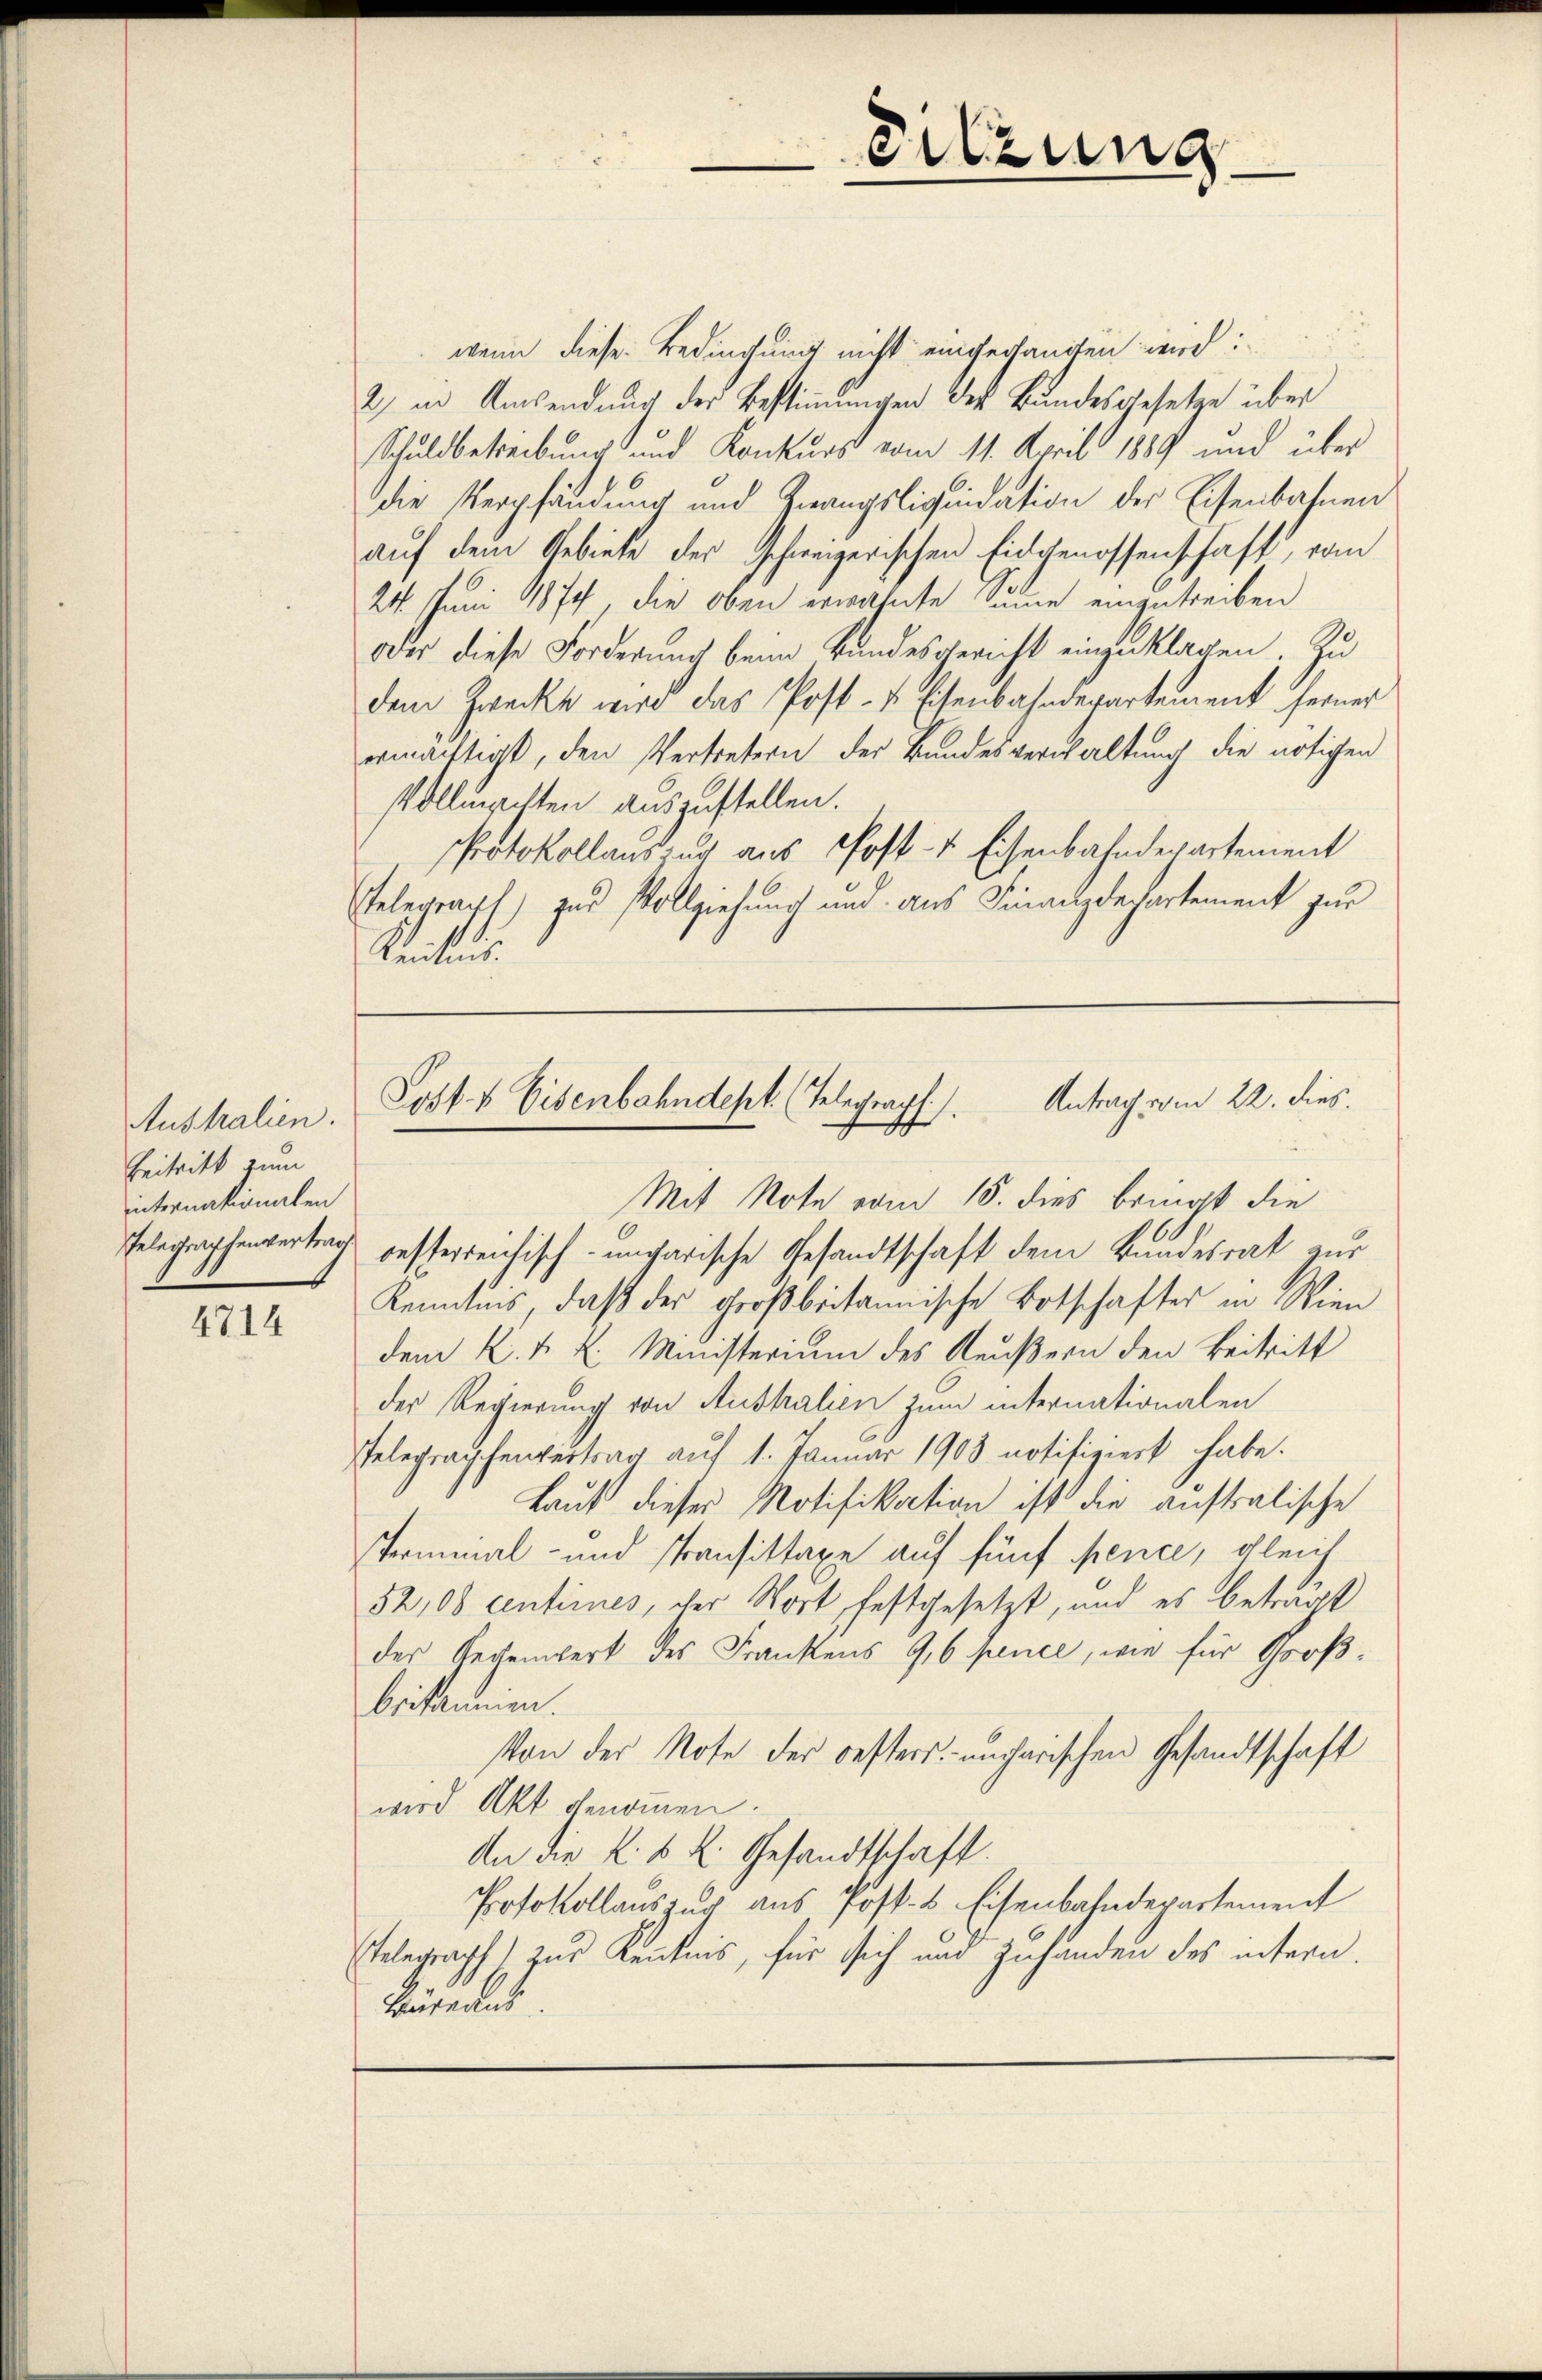
Australien.
Beitritt zum
internationalen

4714

wenn diese Bedingung nicht eingegangen wird:
2) in Amsendung der Bestimmungen der Bundesgesetze über
Schuldbetreibung und Konkurs vom 11. April 1889 und über
die Verpfändung und Zwangsliquidation der Eisenbahnen
auf dem Gebiete der schweizerischen Eidgenossenschaft, vom
24. Juni 1874, die oben erwähnte Summe einzutreiben
oder diese Forderung beim Bundesgericht einzuklagen. Zu
dem Zwecke wird das Post- & Eisenbahnderartement ferner
ermächtigt, den Vertretern der Bundesverwaltung die nötigen
Vollmachten auszustellen.
Protokollauszug aus Post- & Eisenbahndepartement
Etelegraut) zur Vollziehung und aus Finanzdepartement zur
Kentnis.

Post & Eisenbahndept. (Telegraph Antrag vom 22. dies
Mit Note vom 15. dies bringt die

Pelegenphenvertrag besterreichisch-ungarische Gesandtschaft dem Bundesrat zur
Kenntnis, daß der großbritannische Botschaftes in Wien
dem K. k. k. Ministerium des Reußern den Beitritt
der Regierung von Aushalien zum internationalen
Telegraschenvertrag auf 1. Januar 1903 notifiziert habe.
Laut dieser Notifikation ist die auftralische
Terminal- und Pransittaxe auf fünf pence, gleich
52,08 centimes, der Wort, festgesetzt, und es beträgt
des Gechenwert des Frankens 9,6 pence, wie für Großbeisammen.
Von der Note der oesters ungarischen Gesandtschaft
wird Akt genommen.
An die K. k. k. Gesandtschaft.
Protokollauszug aus Post- & Eisenbahndepartement
Etelegraph) zur Kenntnis, für sich und Zuhanden des intern.
Bureaus

Sitzung